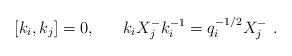
LaTeX: \begin{align*}[k_i,k_j] = 0,~~~~~k_iX^-_jk_i^{-1}=q_i^{-1/2}X^-_j~.\end{align*}